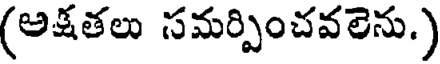
(అక్షతలు సమర్పించవలెను.)